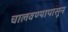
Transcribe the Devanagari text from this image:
चालवण्यापासून